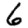
Digit: 6